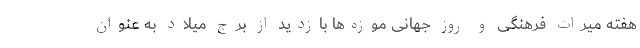
هفته میراث فرهنگی و روز جهانی موزه‌ها بازدید از برج میلاد به عنوان